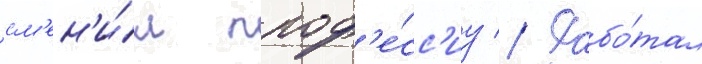
см'ен'и́л проф'е́сс'иу // Рабо́тал